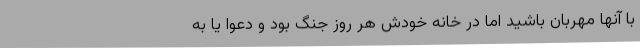
با آنها مهربان باشید اما در خانه خودش هر روز جنگ بود و دعوا یا به